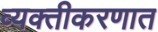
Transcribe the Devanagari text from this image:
व्यक्तीकरणात